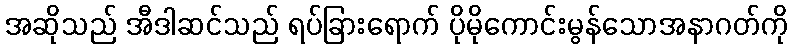
အဆိုသည် အီဒါဆင်သည် ရပ်ခြားရောက် ပိုမိုကောင်းမွန်သောအနာဂတ်ကို